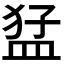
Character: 𭸒